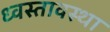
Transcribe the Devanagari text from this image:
ध्वस्तावस्था